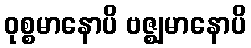
ဝုစ္စမာနောပိ ဗဇ္ဈမာနောပိ